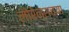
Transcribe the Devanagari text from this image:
लोरेन्सच्या